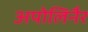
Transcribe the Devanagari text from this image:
अपोलिनैर